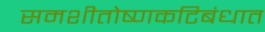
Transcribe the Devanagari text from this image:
समशीतोष्णकटिबंधात